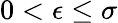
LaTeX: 0<\epsilon\le\sigma